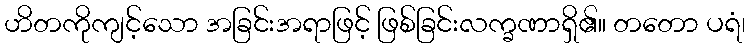
ဟိတကိုကျင့်သော အခြင်းအရာဖြင့် ဖြစ်ခြင်းလက္ခဏာရှိ၏။ တတော ပရံ၊